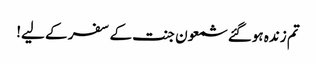
تم زندہ ہوگئے شمعون جنت کے سفر کے لیے!